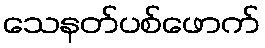
သေနတ်ပစ်ဖောက်